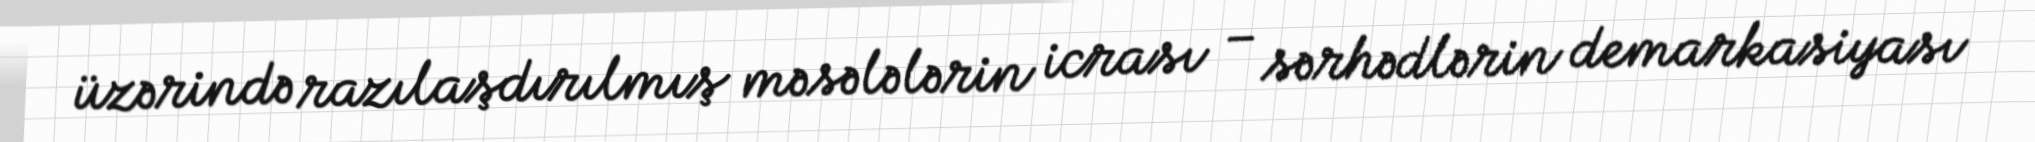
üzərində razılaşdırılmış məsələlərin icrası – sərhədlərin demarkasiyası